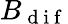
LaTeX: B_{\mathrm{~d~i~f~}}